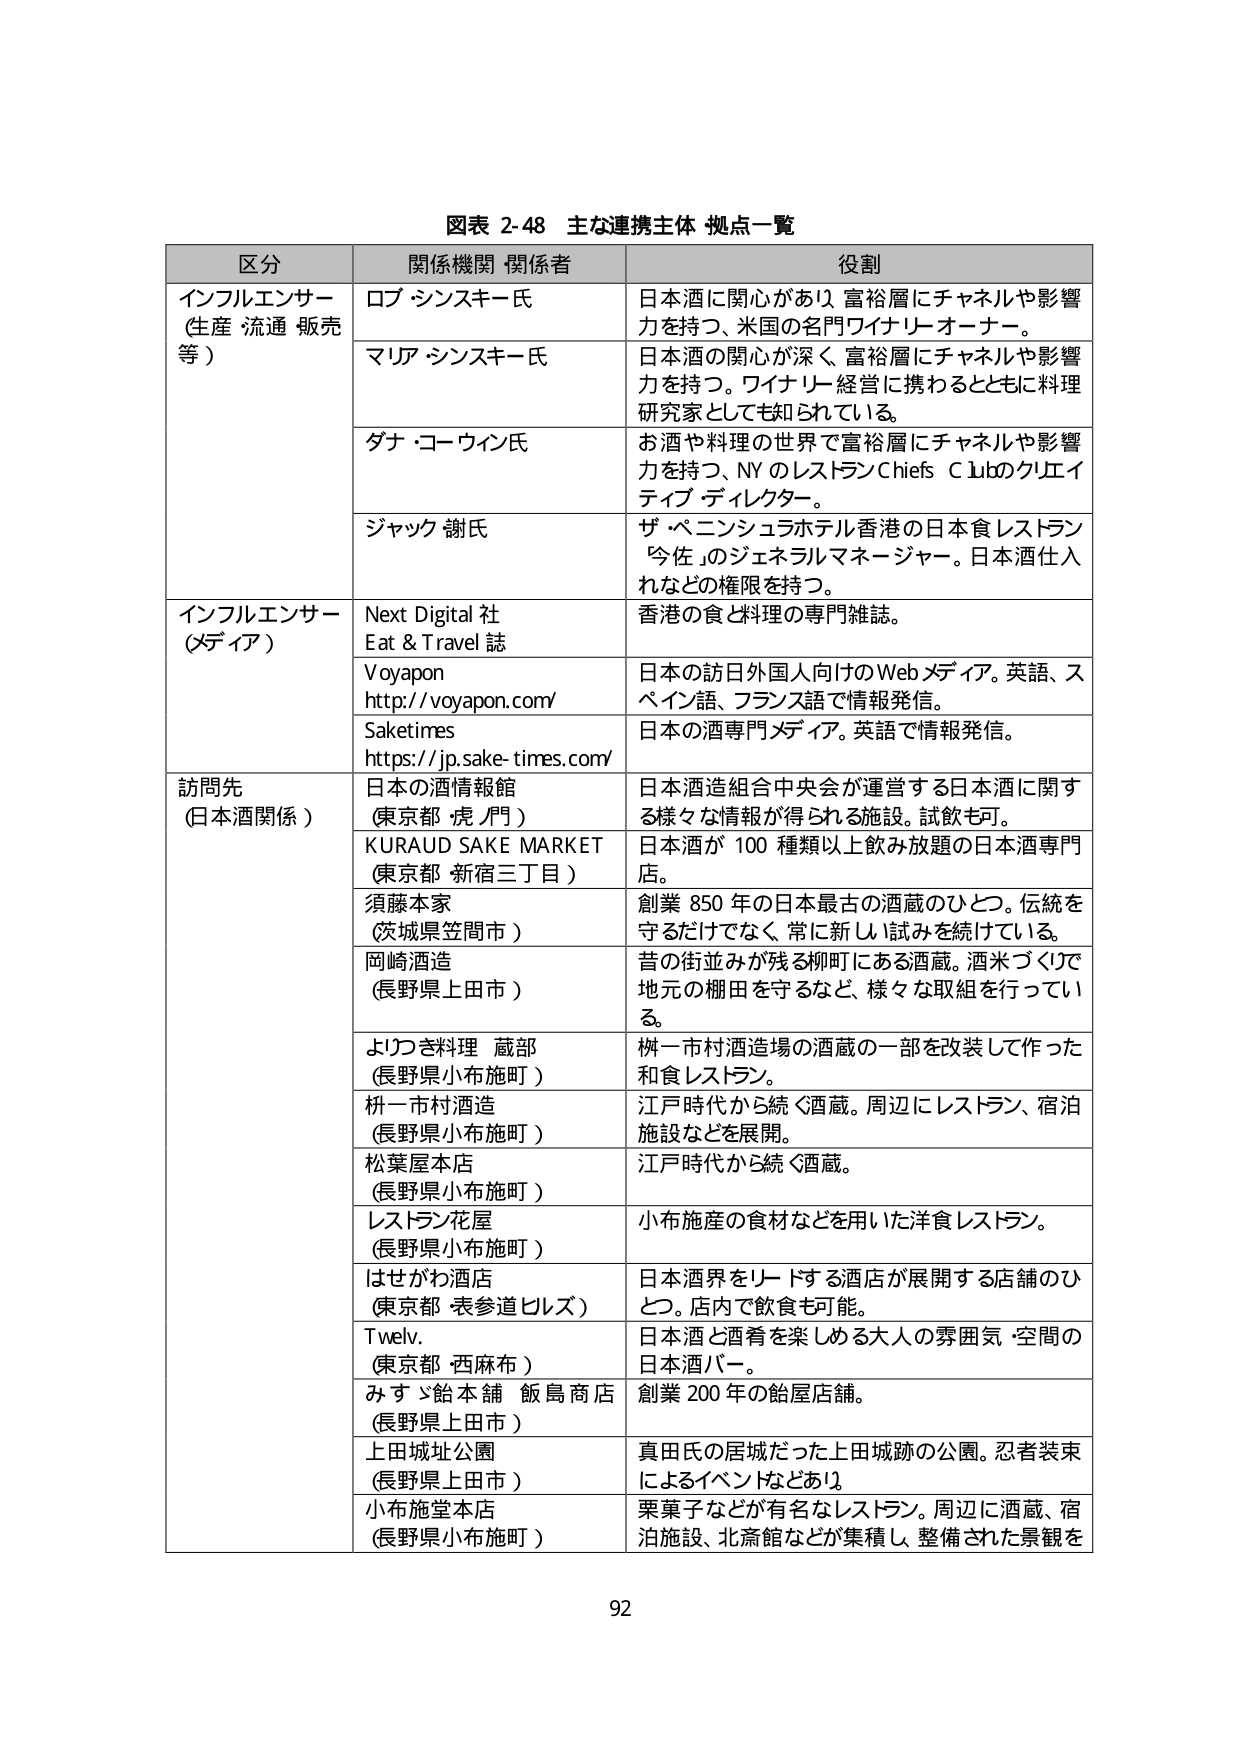
図表 2-48 主な連携主体 拠点一覧

区分 関係機関・関係者 役割

インフルエンサー （生産・流通・販売等） ロブ・シンスキー氏 日本酒に関心があり、富裕層にチャネルや影響力を持つ、米国の名門ワイナリー・オーナー。
マリア・シンスキー氏 日本酒の関心が深く、富裕層にチャネルや影響力を持つ。ワイナリー経営に携わるとともに料理研究家としても知られている。
ダナ・コーウイン氏 お酒や料理の世界で富裕層にチャネルや影響力を持つ、NYのレストランChiefs Clubのクレイティブ・ディレクター。
ジャック・謝氏 ザ・ペニンシュラホテル香港の日本食レストラン「今佐」のジェネラルマネージャー。日本酒仕入れなどの権限を持つ。

インフルエンサー （メディア） Next Digital 社 Eat & Travel 誌 香港の食と料理の専門雑誌。
Voyapon http://voyapon.com/ 日本の訪日外国人向けのWebメディア。英語、スペイン語、フランス語で情報発信。
Saketimes https://jp.sake-times.com/ 日本の酒専門メディア。英語で情報発信。

訪問先 （日本酒関係） 日本の酒情報館 （東京都 虎ノ門） 日本酒造組合中央会が運営する日本酒に関する様々な情報が得られる施設。試飲も可。
KURAUD SAKE MARKET （東京都 新宿三丁目） 日本酒が100種類以上飲み放題の日本酒専門店。
須藤本家 （茨城県笠間市） 創業850年の日本最古の酒蔵のひとつ。伝統を守るだけでなく、常に新しい試みを続けている。
岡崎酒造 （長野県上田市） 昔の街並みが残る柳町にある酒蔵。酒米づくりで地元の棚田を守るなど、様々な取組を行っている。
よつづき料理 蔵部 （長野県小布施町） 桝一市村酒造場の酒蔵の一部を改装して作った和食レストラン。
枡一市村酒造 （長野県小布施町） 江戸時代から続く酒蔵。周辺にレストラン、宿泊施設などを展開。
松葉屋本店 （長野県小布施町） 江戸時代から続く酒蔵。
レストラン花屋 （長野県小布施町） 小布施産の食材などを用いた洋食レストラン。
はせがわ酒店 （東京都 表参道ヒルズ） 日本酒界をリードする酒店が展開する店舗のひとつ。店内で飲食も可能。
Twelve （東京都 西麻布） 日本酒と酒肴を楽しめる大人の雰囲気・空間の日本酒バー。
みすゞ飴本舗 飯島商店 （長野県上田市） 創業200年の飴屋店舗。
上田城址公園 （長野県上田市） 真田氏の居城だった上田城跡の公園。忍者装束によるイベントなどあり。
小布施堂本店 （長野県小布施町） 栗菓子などが有名なレストラン。周辺に酒蔵、宿泊施設、北斎館などが集積し、整備された景観を

92